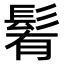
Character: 𩭀